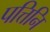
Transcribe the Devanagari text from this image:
पत्तिनि